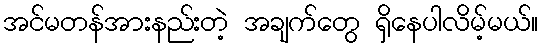
အင်မတန်အားနည်းတဲ့ အချက်တွေ ရှိနေပါလိမ့်မယ်။